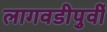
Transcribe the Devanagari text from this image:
लागवडीपुर्वी